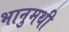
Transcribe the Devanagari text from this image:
भानुमथी